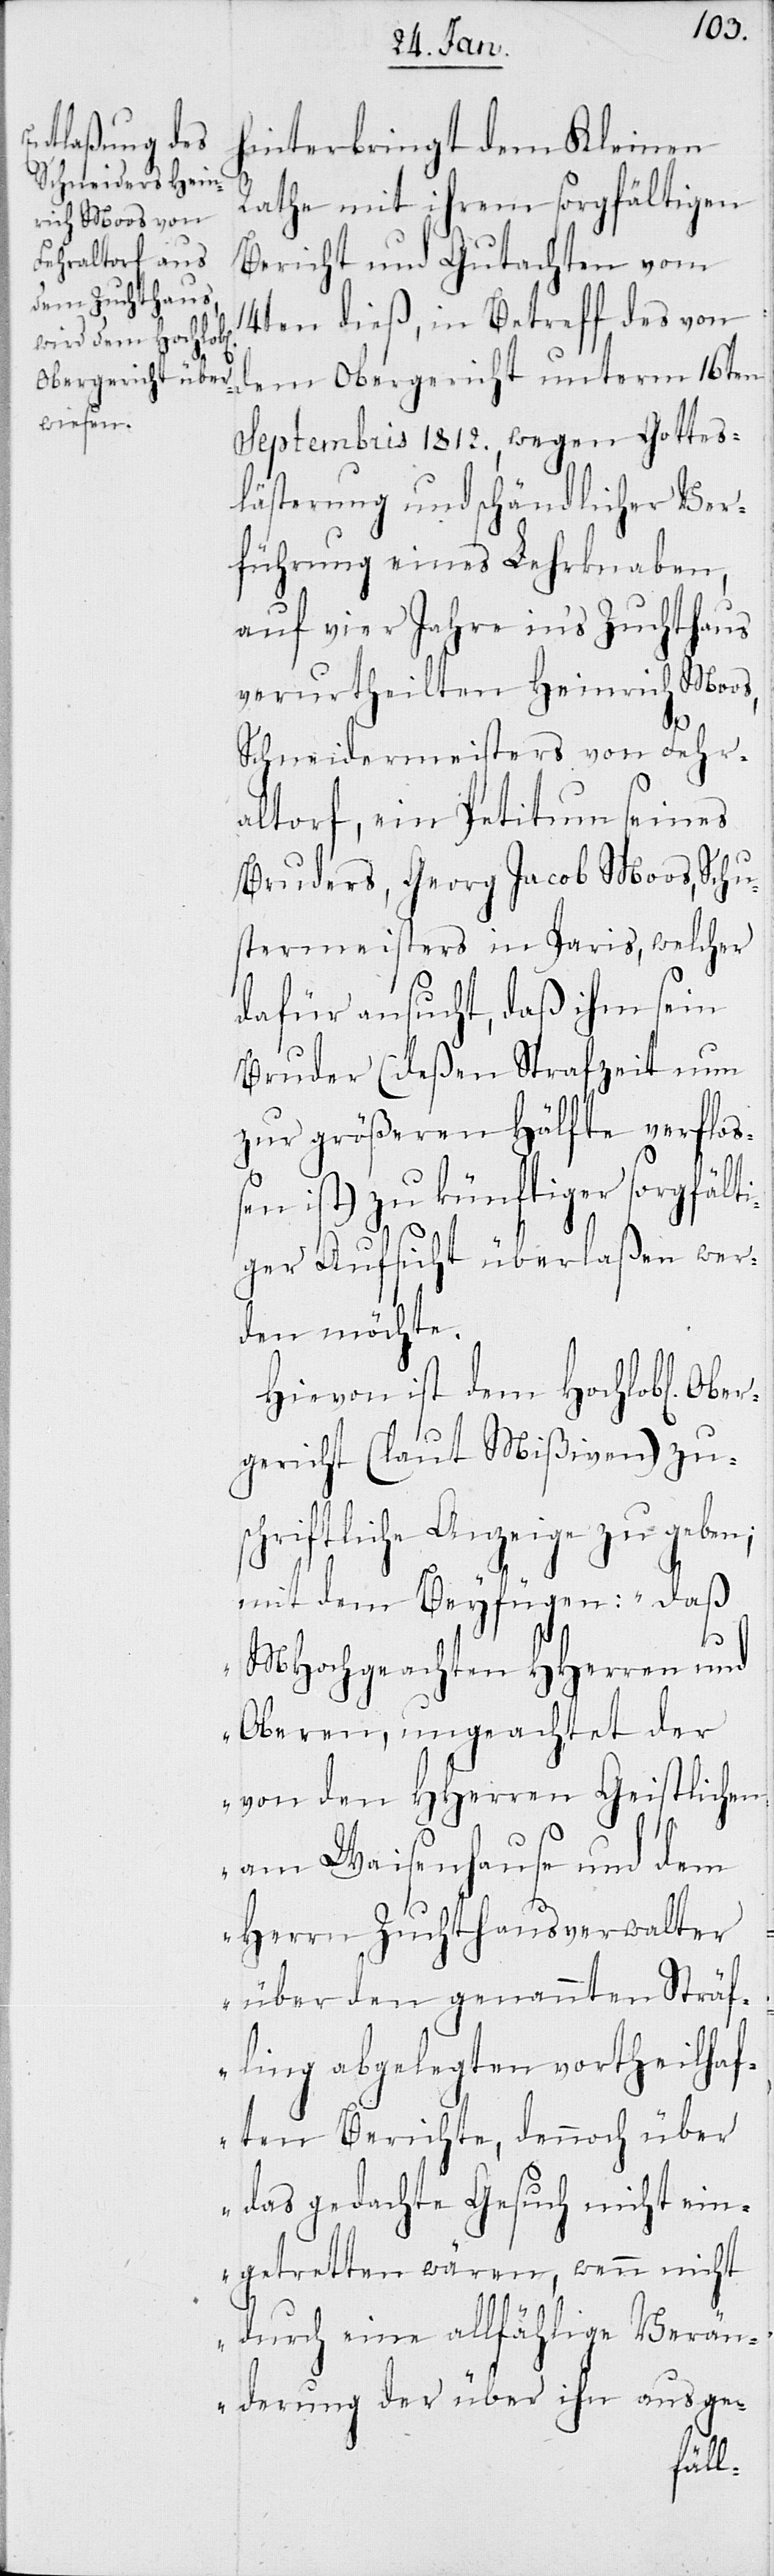
Ober¬
hinterbringt dem Kleinen
Rathe mit ihrem sorgfältigen
Bericht und Gutachten vom
14ten dieß, in Betreff des von
dem Obergericht unterm 16ten
Septembris 1812., wegen Gottes¬
lästerung und schändlicher Ver¬
führung eines Lehrknaben,
auf vier Jahre in’s Zuchthaus
verurtheilten Heinrich Moos,
Schneidermeisters von Fehr¬
altorf, ein Petitum seines
Bruders, Georg Jacob Moos, Schu¬
stermeisters in Paris, welcher
dafür ansucht, daß ihm sein
Bruder (deßen Strafzeit nun
zur größeren Hälfte verflo¬
ßen ist) zu künftiger sorgfäl¬
iger Aufsicht überlaßen wer¬
den möchte.
Hievon ist dem Hochlob[lichen]
gericht (laut Mißiven) zu¬
schriftliche Anzeige zu geben;
mit dem Beyfügen: „daß
MHochgeachten HHerren und
Oberen, ungeachtet der
von den HHerren Geistlichen
t¬
am Waisenhause und dem
Herrn Zuchthausverwalter
über den genannten Sträf¬
ling abgelegten vortheilhaf¬
ten Berichte, dennoch über
das gedachte Gesuch nicht ein¬
getretten wären, wenn nicht
durch eine allfählige Verän¬
derung der über ihn ausge-